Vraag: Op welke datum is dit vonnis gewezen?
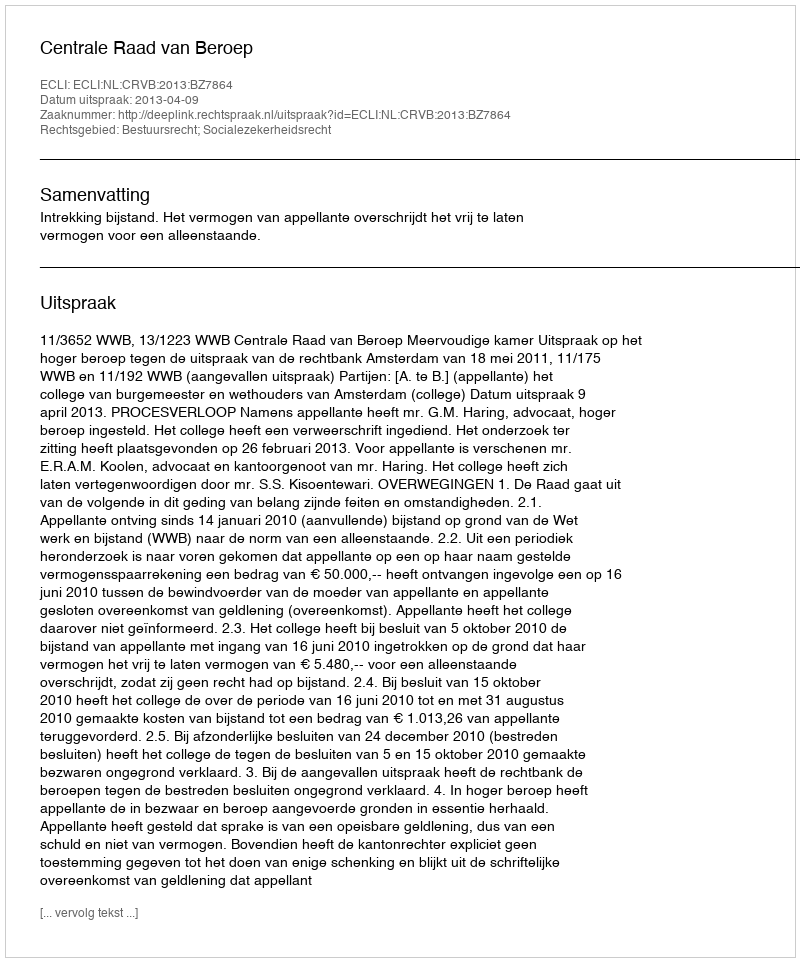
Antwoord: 2013-04-09